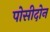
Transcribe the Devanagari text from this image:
पोसीदोन